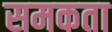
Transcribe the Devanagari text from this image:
समकता